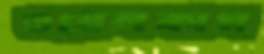
ওয়েলকাম